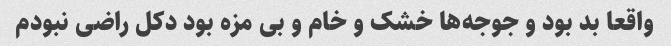
واقعا بد بود و جوجه‌ها خشک و خام و بی مزه بود دکل راضی نبودم